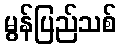
မွန်ပြည်သစ်